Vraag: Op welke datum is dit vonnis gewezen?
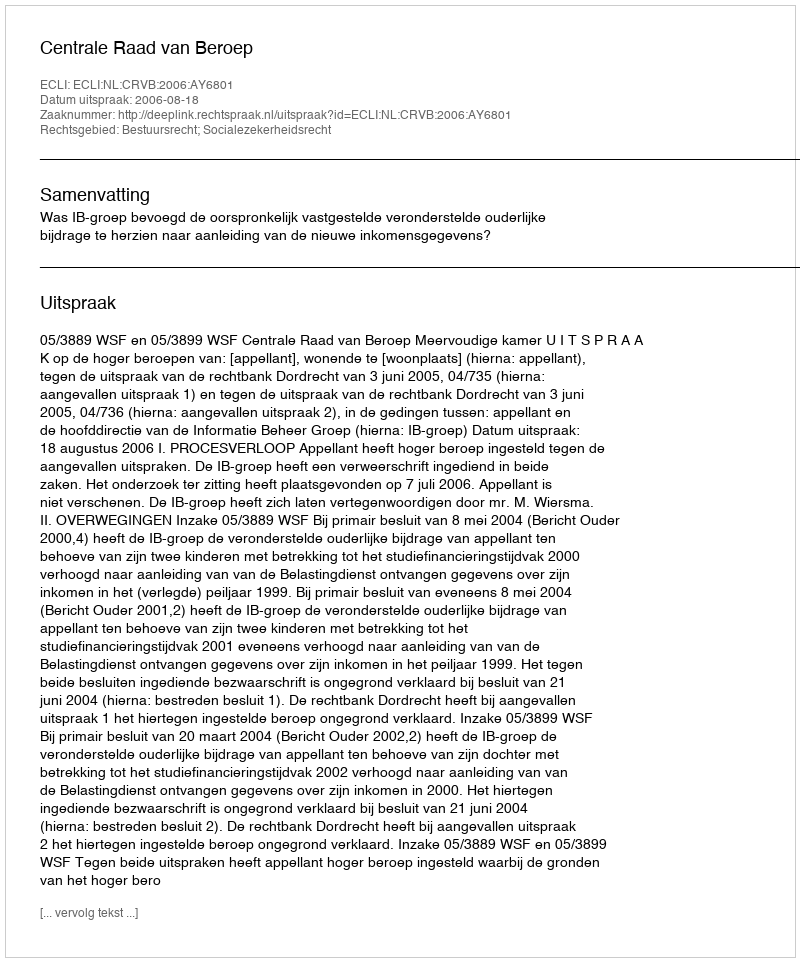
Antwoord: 2006-08-18